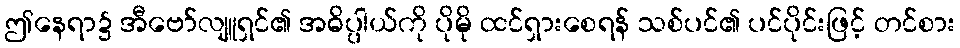
ဤနေရာ၌ အီဗော်လျူရှင်၏ အဓိပ္ပါယ်ကို ပိုမို ထင်ရှားစေရန် သစ်ပင်၏ ပင်ပိုင်းဖြင့် တင်စား